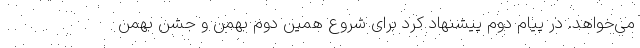
می‌خواهد. در پیام دوم پیشنهاد کرد برای شروع همین دوم بهمن و جشن بهمن